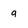
Character: g